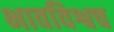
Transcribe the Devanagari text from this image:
भावविश्वच